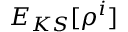
E _ { K S } [ \rho ^ { i } ]